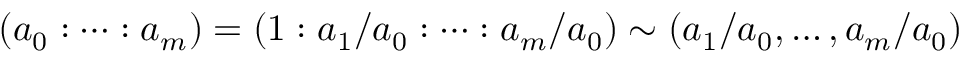
( a _ { 0 } : \dots : a _ { m } ) = ( 1 : a _ { 1 } / a _ { 0 } : \dots : a _ { m } / a _ { 0 } ) \sim ( a _ { 1 } / a _ { 0 } , \dots , a _ { m } / a _ { 0 } )